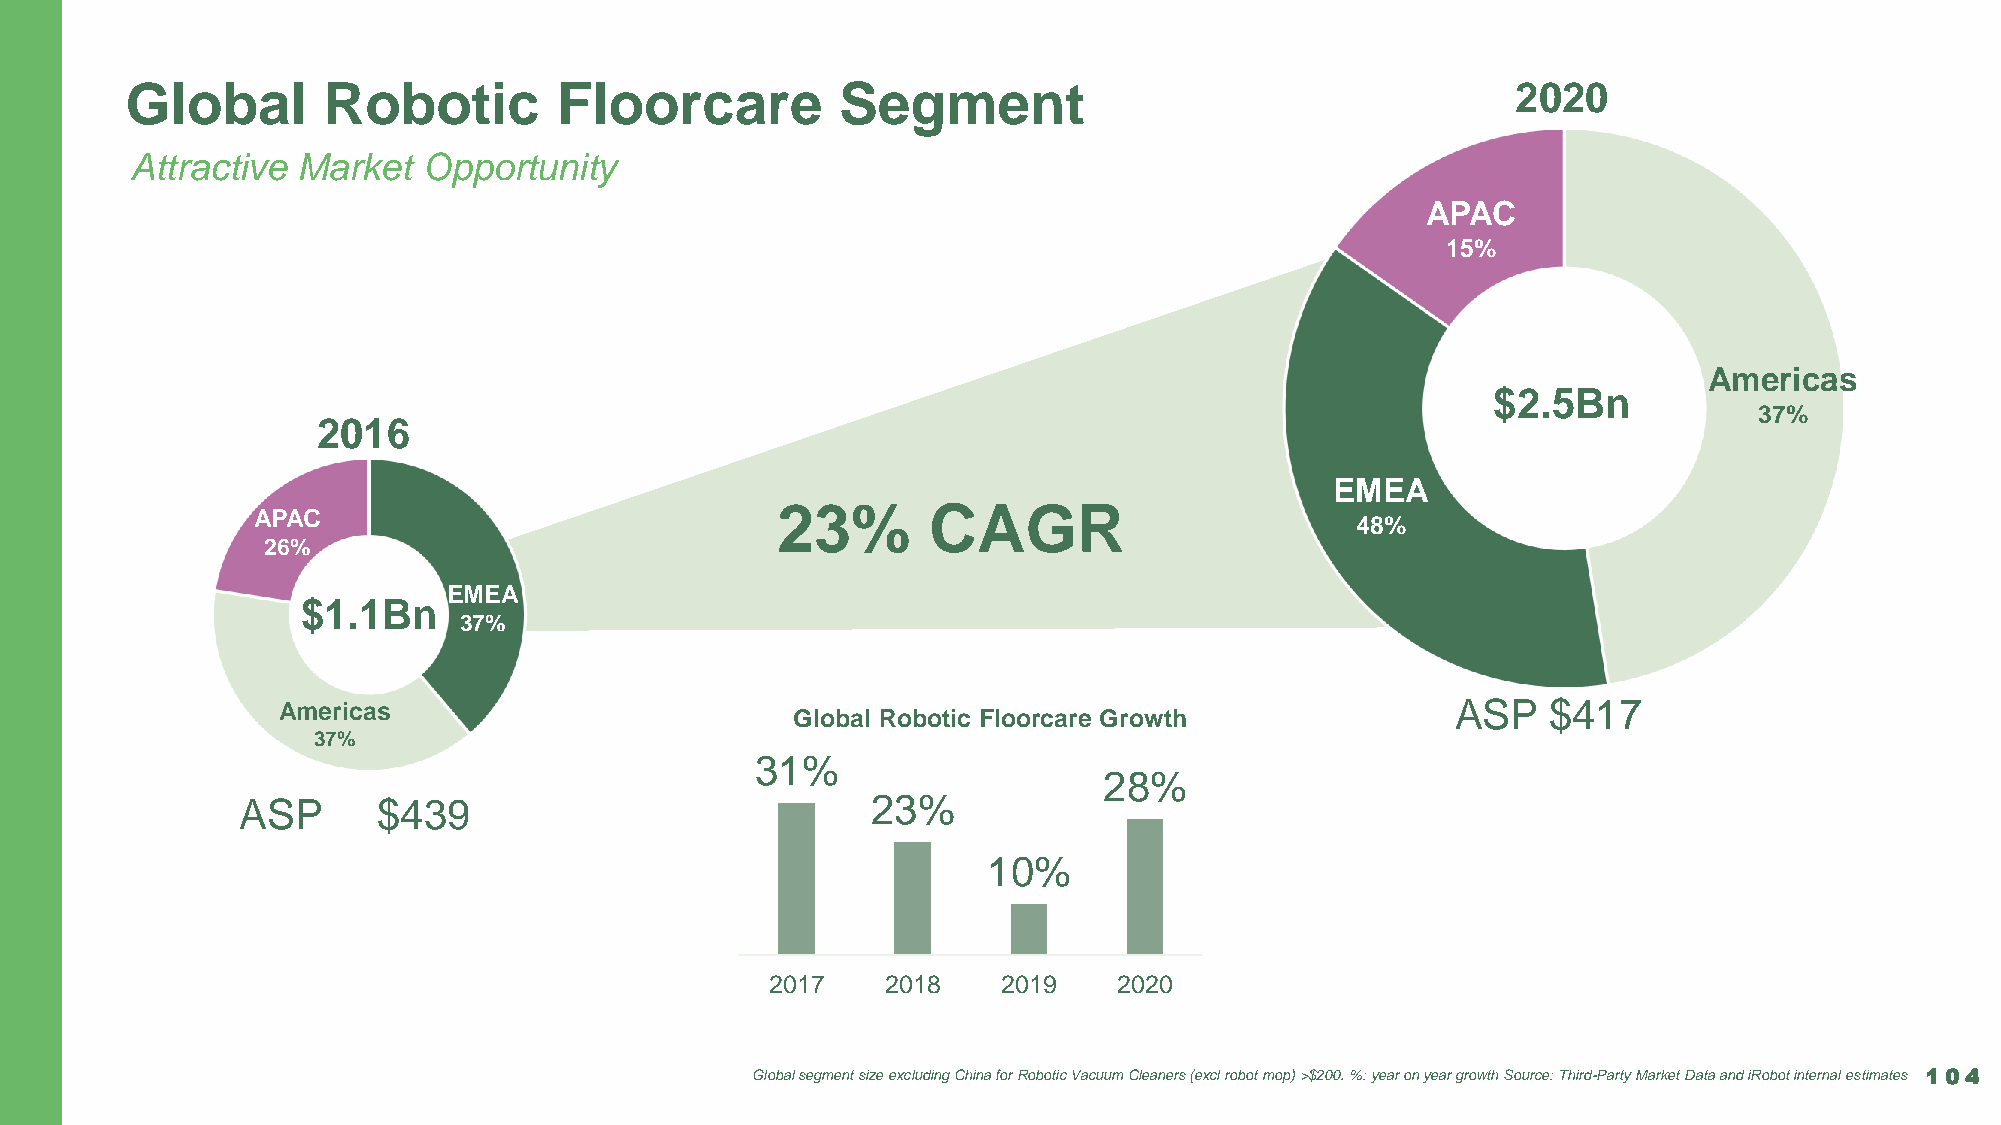
Global       Robotic         Floorcare          Segment                                     2020
 Attractive Market  Opportunity
 APAC
 15%
 Americas
 $2.5Bn
 37%
 2016
 EMEA
 23%       CAGR
 APAC
 48%
 26%
 EMEA
 $1.1Bn
 37%
 Americas                                                                      ASP   $417
 Global Robotic Floorcare Growth
 37%
 31%
 28%
 ASP      $439                             23%
 10%
 2017    2018   2019    2020
 Global segment size excluding China for Robotic Vacuum Cleaners (excl robot mop) >$200. %: year on year growth Source: Third-Party Market Data and iRobot internal estimates 104